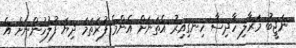
ނަޖީބު މަރާލި ހާދިސާ ހިނގިއިރު އެތަނަށް އެންމެ ފުރަތަމަ ދިޔަ ފުލުހުންނަށް އެ